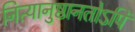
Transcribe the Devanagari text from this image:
नित्यानुष्ठानतोऽपि